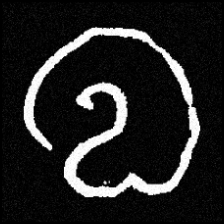
Pyu character \u2014 Myanmar letter: လ (romanized: la)